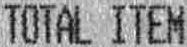
TOTAL ITEM